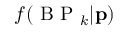
f ( \mathrm { ~ B ~ P ~ } _ { k } | \mathbf { p } )